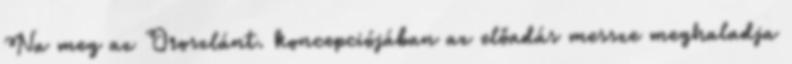
Na meg az Oroszlánt. koncepciójában az előadás messze meghaladja